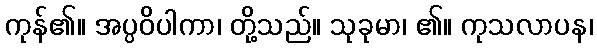
ကုန်၏။ အပ္ပဝိပါကာ၊ တို့သည်။ သုခုမာ၊ ၏။ ကုသလာပန၊